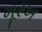
મૂરખ